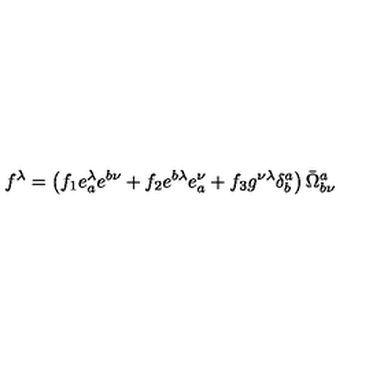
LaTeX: f ^ { \lambda } = \left( f _ { 1 } e _ { a } ^ { \lambda } e ^ { b \nu } + f _ { 2 } e ^ { b \lambda } e _ { a } ^ { \nu } + f _ { 3 } g ^ { \nu \lambda } \delta _ { b } ^ { a } \right) \bar { \Omega } _ { b \nu } ^ { a }